Vana-Antsla_vallavalitsus, lk 19
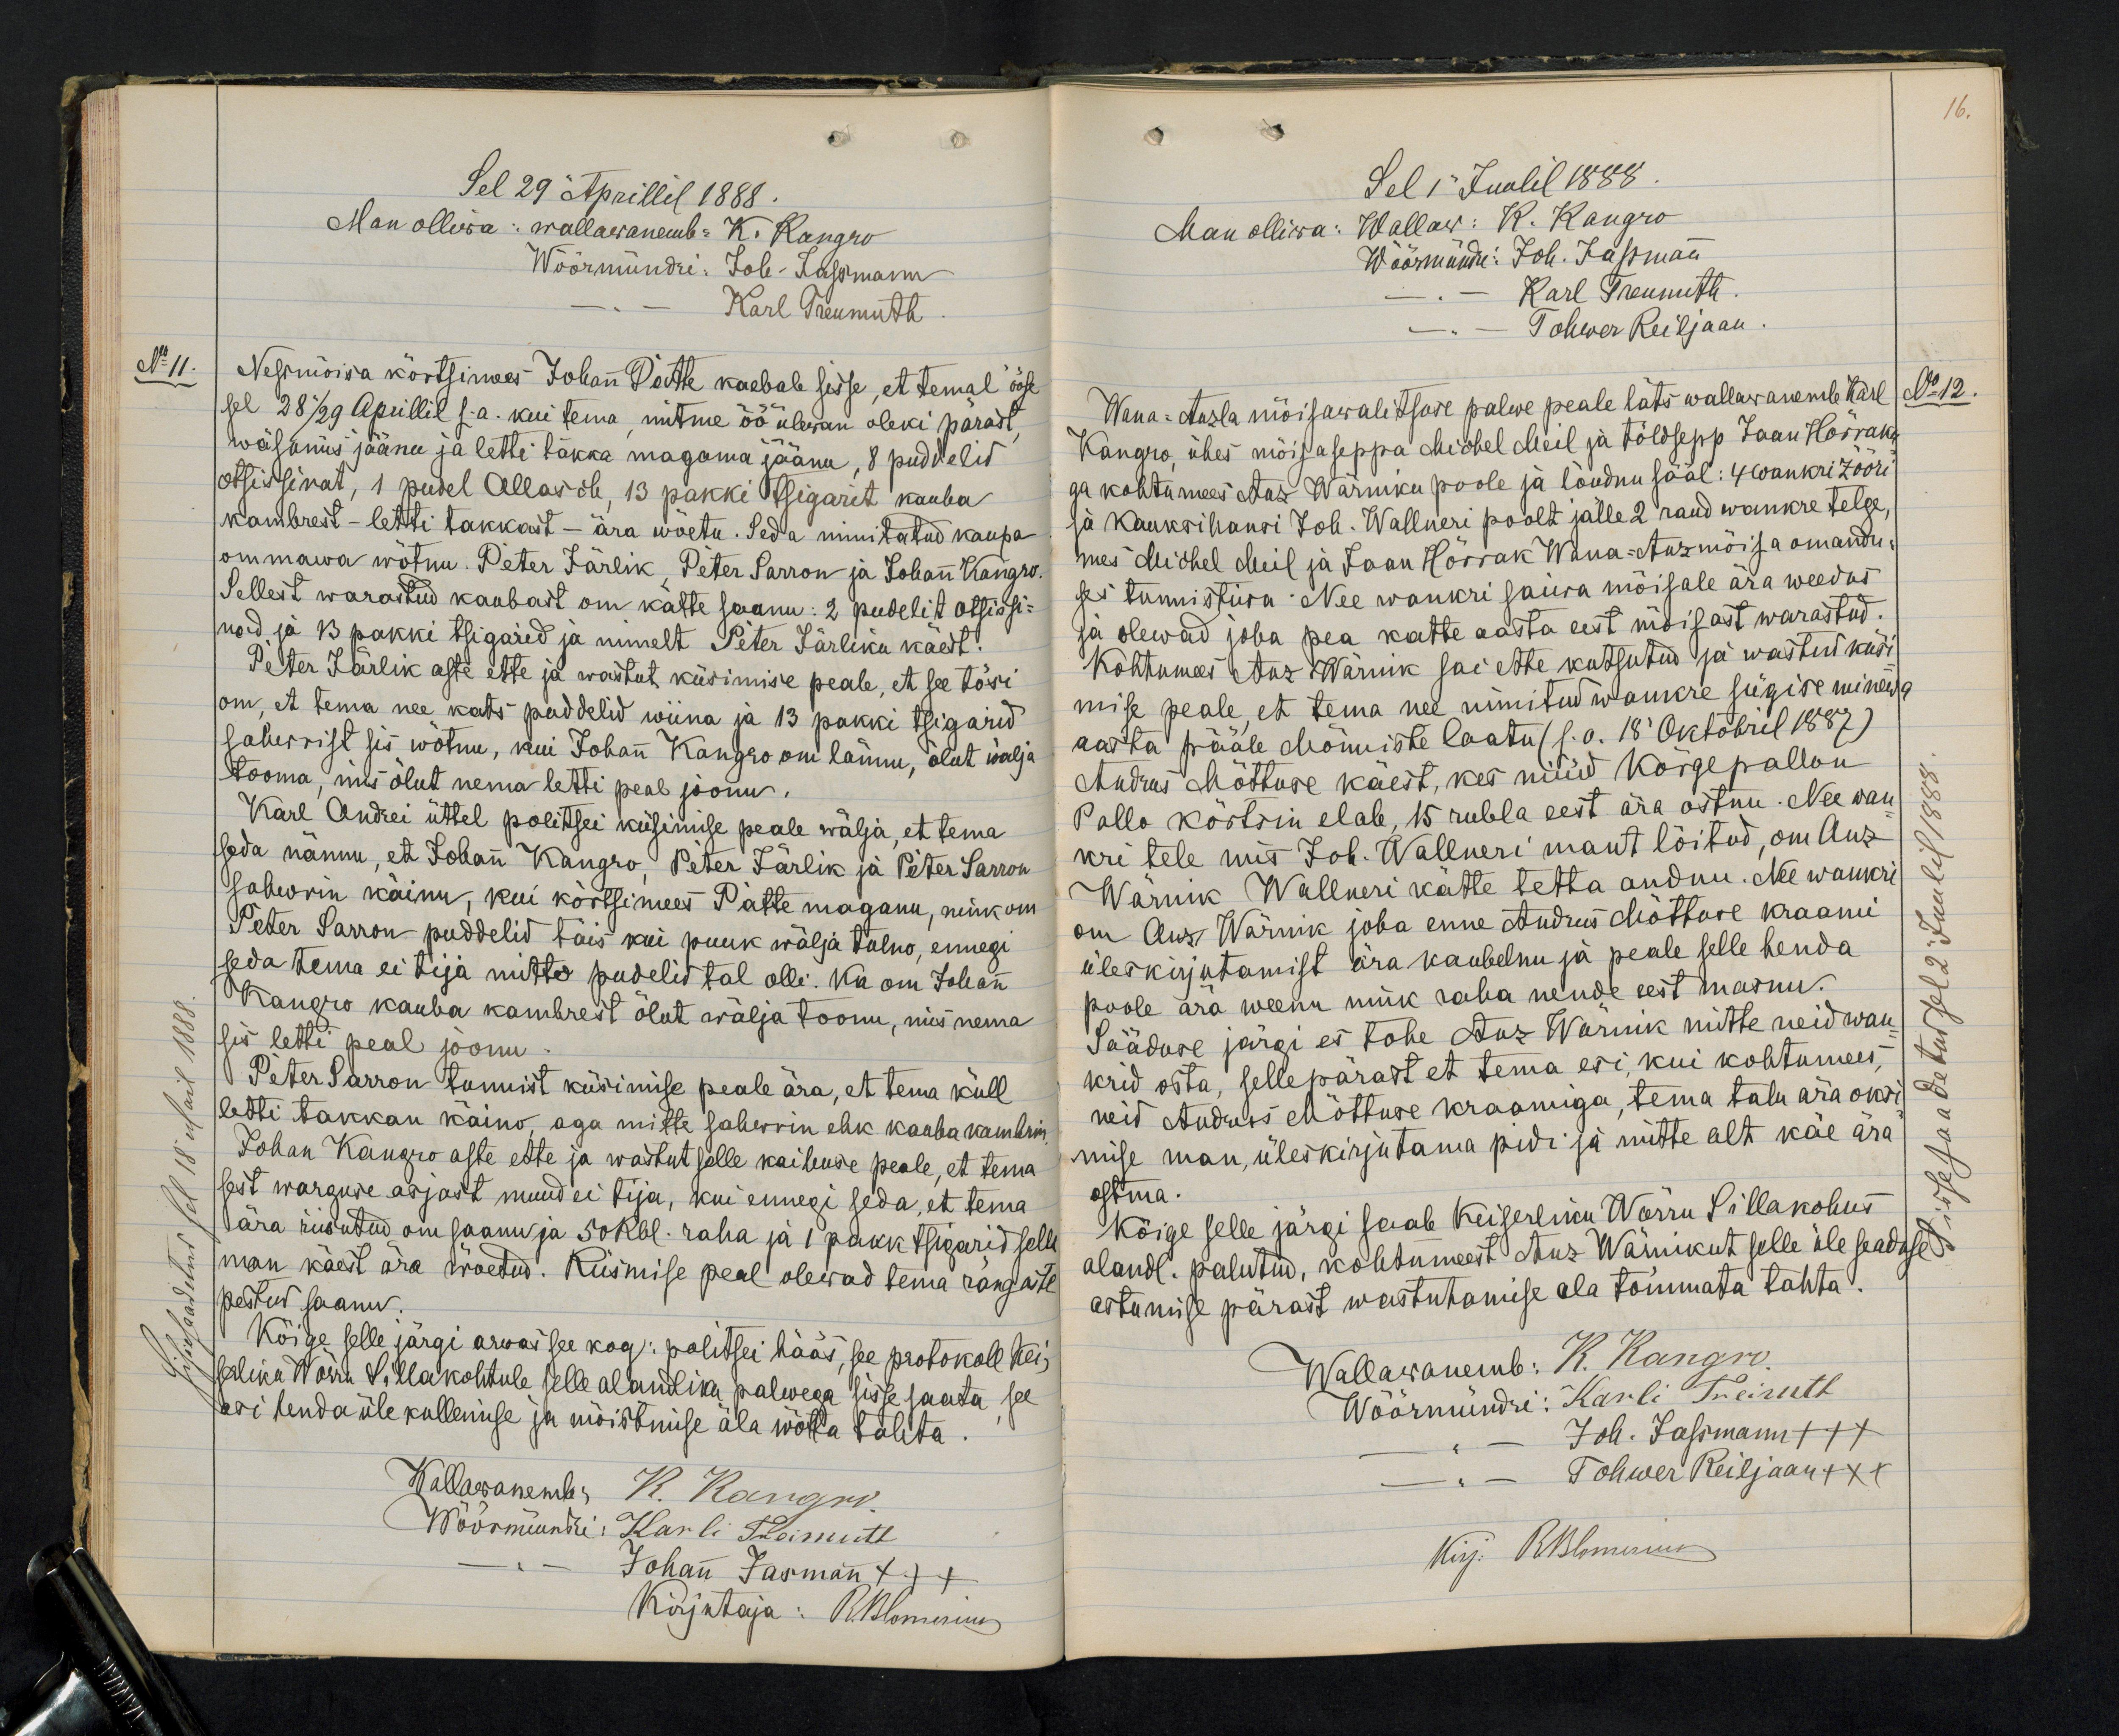
Sel 29 Aprillil 1888.
Man olliwa: wallawanemb: K. Kangro
Wöörmündri: Joh Jassmann
Karl Treumuth
No 11.
Nessmõisa kõrtsimees Johan Patte kaebab sisse, et temal ööse
sel 28/29 Aprillil s.a. kui tema, mitme öö ülewan oleki pärast
wäsanus jäänu ja letti takka magama jäänu, 8 pudelid
otsissinat, 1 pudel Allasch, 13 pakki tsigarit kauba
kambrest - lehti takkast - ära wõetu. Seda nimitatud kaupa
ommawa wõtnu. Peter Järlik, Peter Sarron ja Johann Kangro
Sellest warastud kaubast on kätte saanu: 2 pudelit otsissi-
nad ja 13 pakki tsigarid ja nimelt Peter Järliku käest.
Peter Järlik aste ette ja wastut küsimise peale, et see tõsi
om, et tema nee kats puddelid wiina ja 13 pakki tsigarid
sahwerist sis wõtnu, kui Johann Kangro om lännu, õlut wälja
tooma, mis õlut nema letti peal joonu.
Karl Andrei üttel politsei küsimise peale wälja, et tema
seda nännu, et Johan Kangro, Peter Järlik ja Peter Sarron
sahwrin käinu, kui kõrtsimees Patte maganu, nink om
Peter Sarron puddelid täis kui puuk wälja tulno, ennegi
seda tema ei tija mitto pudelid tal olli. Ka om Johann
Kangro kauba kambrest õlut wälja toonu, mis nema
lis letti peal joonu
Peter Sarron tunnist küsimise peale ära, et tema küll
letti takkan käino, aga mitte sahwrin ehk kauba kambrin
Johan Kangro aste ette ja wastut selle kaibuse peale, et tema
sest warguse asjast muud ei tija, kui ennegi seda, et tema
ära riisutud om saanu ja 50 Rbl. raha ja 1 pakk tsigarid selle
man käest ära wõetud. Küsmise peal olewad tema rängaste
pestud saanud
Kõige selle järgi arwas see kog: politsei hääs, see protokoll Kei-
serliko Wõrru Sillakohtule selle alandliku palwega sisse saata see
asi henda üle kullemise ja mõistmise ala wõtta tahta.
Wallawanemb: K. Kangro.
Wöörmündri: Karli Treimuth
Johann Jasmann +++
Kirjutaja: R.Blomerius

16.
Sel 1 Juulil 1888.
Man olliwa: Wallaw: K. Kangro
Wöörmündri: Joh. Jassmann
Karl Treumuth.
Tohwer Reiljaan
Wana-Anzla mõisawalitsuse palwe peale läts wallawanemb Karl
No 12.
Kangro, ühes mõisaseppa Michel Meil ja tõldsepp Jaan, Hõrraku-
ga kohtumees Anz Wärniku poole ja löudnu sääl: 4 wankri zööri
ja Kauksihansi Joh. Wallneri poolt jälle 2 raud wankre telge
mes Michel Meil ja Jaan Hõrrak Wana-Anzmõisa omandu-
ses tunnistiwa. Nee wankri saiwa mõisale ära weedus
ja olewad juba pea katte aasta eest mõisast warastud.
Kohtumees Anz Wärnik sai ette kutsutud ja wastust küsi
mise peale, et tema nee nimitud wankre sügise minewa
aasta pääle Mõnniste laatu (s.o. 18 Oktobril 1887)
Andrus Mõttuse käest, kes nüüd Kõrgepallon
Pallo kõrtsin elab, 15 rubla eest ära ostnu. Nee wan
kri tele mis Joh. Wallneri mant löitud, om Anz
Wärnik Wallneri kätte tetta andnu. Nee wankri
om Anz Wärnik juba enne Andrus Mõttuse kraami
üleskirjutamist ära kaubelnu ja peale selle henda
poole ära weenu nink raha nende eest masnu.
Sääduse järgi es tohe Anz Wärnik mitte neid wan-
krid osta, sellepärast et tema esi, kui kohtumees,
neid Andrus Mõttuse kraamiga, tema talu ära oksi
mise man, üleskirjutama pidi ja mitte alt käe ära-
ostma.
Kõige selle järgi saab Keiserliku Wõrru Sillakohus
alandl. palutud, kohtumeest Anz Wärnikut selle üle seaduse
astumise pärast wastutamise ala tõmmata tahta.
Wallawanemb: K. Kangro
Wöörmündri: Karli Treimuth
- " - Joh. Jasmann +++
- " - Tohwer Reiljaan +++
Kirj. Rblomerius